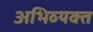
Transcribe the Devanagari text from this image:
अभिव्‍यक्त